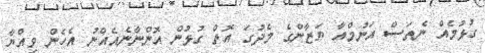
ގުޅުމެއް ނެތަސް އަނުމްއާ ޔަޒާންގެ މެދުގަ އޮތް ގުޅުން އޮންނާނެއެއްނު އެހެން ވިއްޔާ